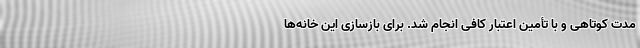
مدت کوتاهی و با تأمین اعتبار کافی انجام شد. برای بازسازی این خانه‌ها